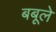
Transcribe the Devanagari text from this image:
बबूले